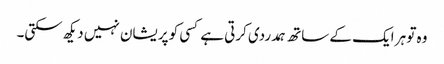
وہ تو ہر ایک کے ساتھ ہمدردی کرتی ہے کسی کو پریشان نہیں دیکھ سکتی۔